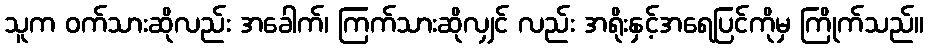
သူက ဝက်သားဆိုလည်း အခေါက်၊ ကြက်သားဆိုလျှင် လည်း အရိုးနှင့်အရေပြင်ကိုမှ ကြိုက်သည်။